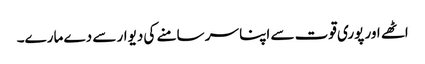
اٹھے اور پوری قوت سے اپنا سر سامنے کی دیوار سے دے مارے۔